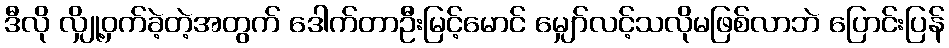
ဒီလို လျှို့ဝှက်ခဲ့တဲ့အတွက် ဒေါက်တာဦးမြင့်မောင် မျှော်လင့်သလိုမဖြစ်လာဘဲ ပြောင်းပြန်